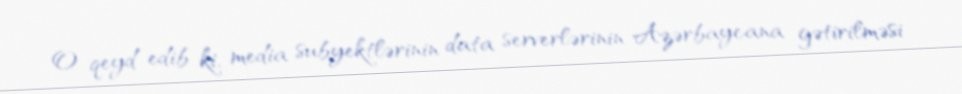
O qeyd edib ki, media subyektlərinin data serverlərinin Azərbaycana gətirilməsi